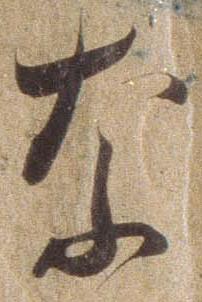
な